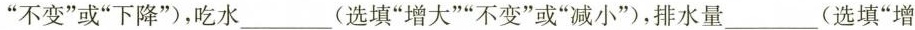
”不变”或”下降”)，吃水____(选填”增大””不变”或”减小”)，排水量___(选填”增